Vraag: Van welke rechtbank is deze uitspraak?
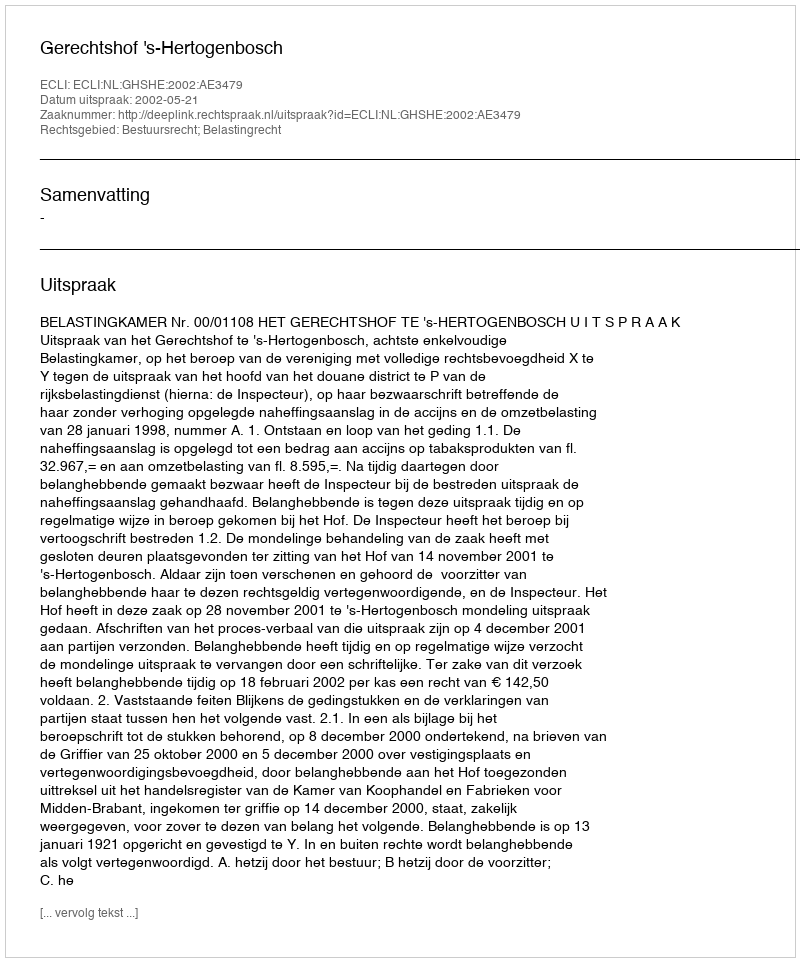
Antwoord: Gerechtshof 's-Hertogenbosch